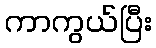
ကာကွယ်ပြီး